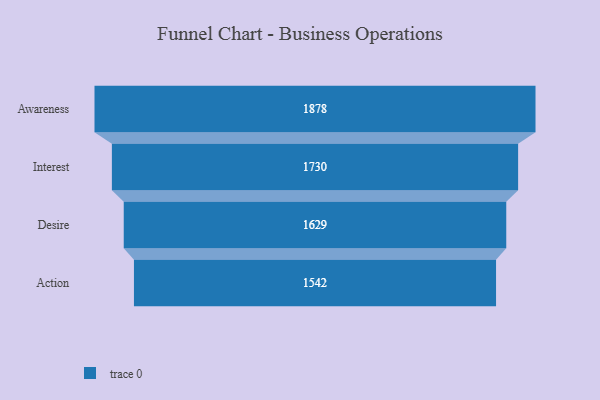
{"axis": {"x": "Stage", "y": "Value"}, "legend": [""], "data": [{"x": "Awareness", "y": 1878.0, "type": ""}, {"x": "Interest", "y": 1730.0, "type": ""}, {"x": "Desire", "y": 1629.0, "type": ""}, {"x": "Action", "y": 1542.0, "type": ""}]}